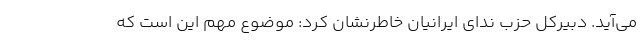
می‌آید. دبیرکل حزب ندای ایرانیان خاطرنشان کرد: موضوع مهم این است که